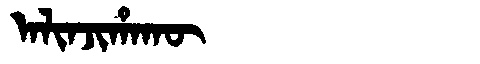
Manchu: ᠠᠯᡳᠨᠵᡳᡥᠠᡴᡡ
Romanization: ALINJIHAKŪ